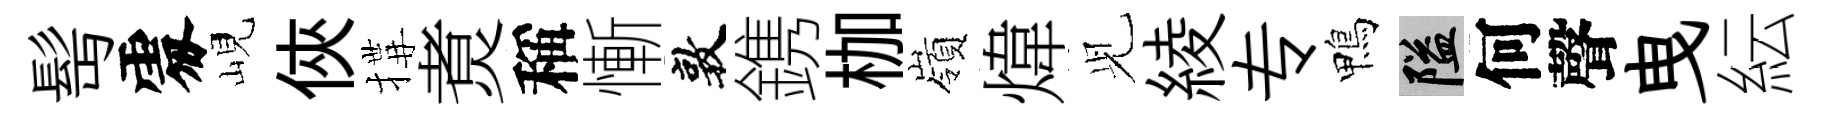
髩𠁅峴俠搆煑稱慚敦鎸枷嶺煒𫤗綾专鴨隘何聲曳紜